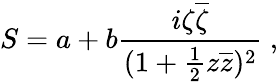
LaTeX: S=a+b{\frac{i\zeta\overline{{\zeta}}}{(1+{\frac{1}{2}}z\overline{{z}})^{2}}}\ ,